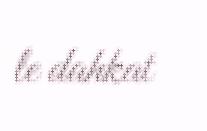
le dahkat